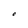
Character: O